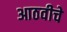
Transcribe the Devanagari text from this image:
आठवीचे